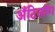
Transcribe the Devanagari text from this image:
अँटिलॉग